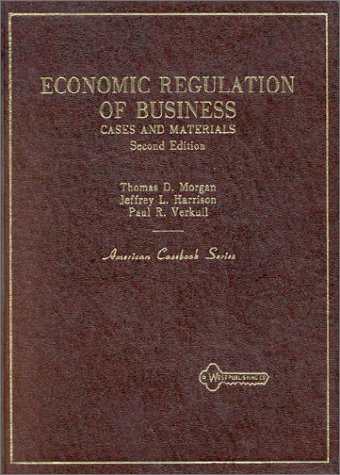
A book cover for Economic Regulation of Business: Cases and Materials (American Casebook Series); Thomas D. Morgan; Law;